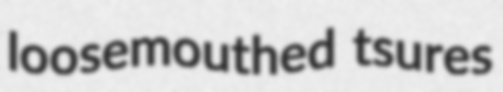
loosemouthed tsures